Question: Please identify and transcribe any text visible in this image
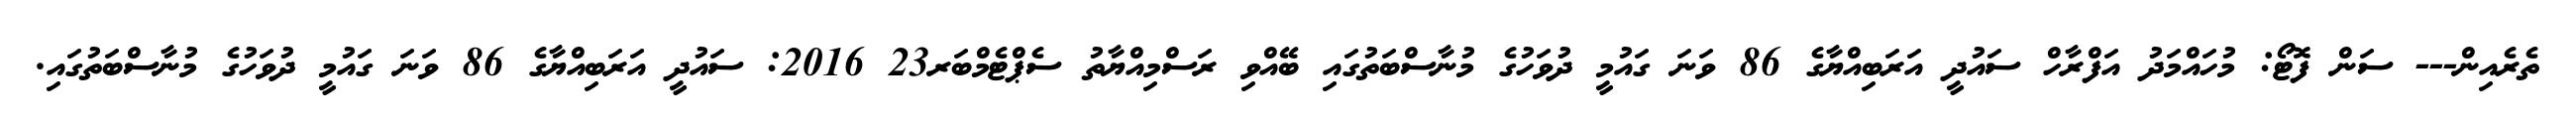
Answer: ތެރެއިން--- ސަން ފޮޓޯ: މުހައްމަދު އަފްރާހް ސައުދީ އަރަބިއްޔާގެ 86 ވަނަ ގައުމީ ދުވަހުގެ މުނާސްބަތުގައި ބޭއްވި ރަސްމިއްޔާތު ސެޕްޓެމްބަރ23 2016: ސައުދީ އަރަބިއްޔާގެ 86 ވަނަ ގައުމީ ދުވަހުގެ މުނާސްބަތުގައި.